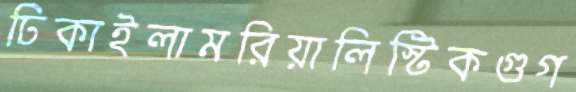
ঢিকাইলামরিয়ালিস্টিকগুগ